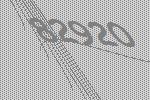
82920